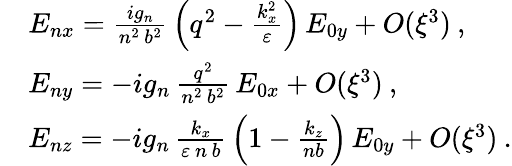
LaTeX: \begin{array}{rl}&{E_{nx}=\frac{ig_{n}}{n^{2}\, b^{2}}\, \left(q^{2}-\frac{k_{x}^{2}}{\varepsilon}\right)\, E_{0y}+O(\xi^{3})\: ,}\\ &{E_{ny}=-ig_{n}\, \frac{q^{2}}{n^{2}\, b^{2}}\, E_{0x}+O(\xi^{3})\: ,}\\ &{E_{nz}=-ig_{n}\, \frac{k_{x}}{\varepsilon\, n\, b}\, \left(1-\frac{k_{z}}{nb}\right)\, E_{0y}+O(\xi^{3})\: .}\end{array}